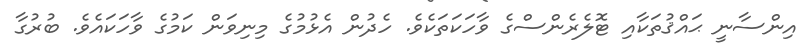
އިންސާނީ ޙައްޤުތަކާއި ޓޮލެރެންސްގެ ވާހަކަތަކެވެ. ހެދުން އެޅުމުގެ މިނިވަން ކަމުގެ ވާހަކައެވެ. ބުރުގާ